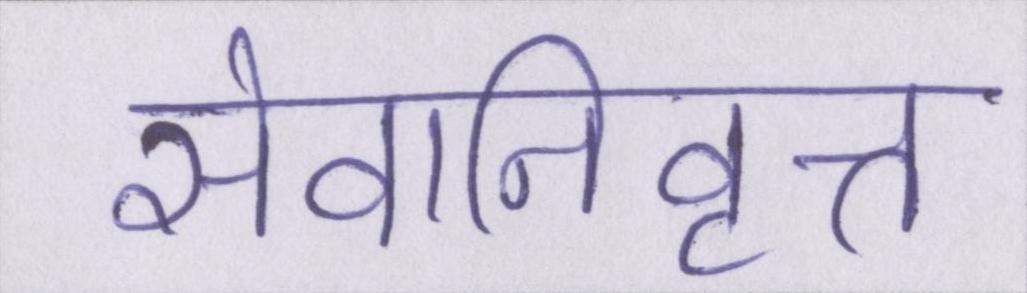
सेवानिवृत्त